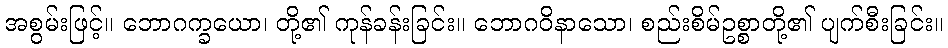
အစွမ်းဖြင့်။ ဘောဂက္ခယော၊ တို့၏ ကုန်ခန်းခြင်း။ ဘောဂဝိနာသော၊ စည်းစိမ်ဥစ္စာတို့၏ ပျက်စီးခြင်း။